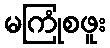
မကြုံစဖူး